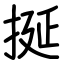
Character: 挻